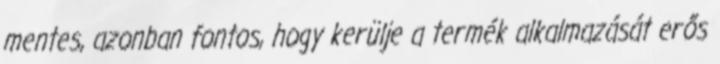
mentes, azonban fontos, hogy kerülje a termék alkalmazását erős